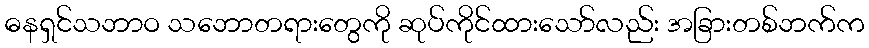
ဓနရှင်သဘာဝ သဘောတရားတွေကို ဆုပ်ကိုင်ထားသော်လည်း အခြားတစ်ဘက်က